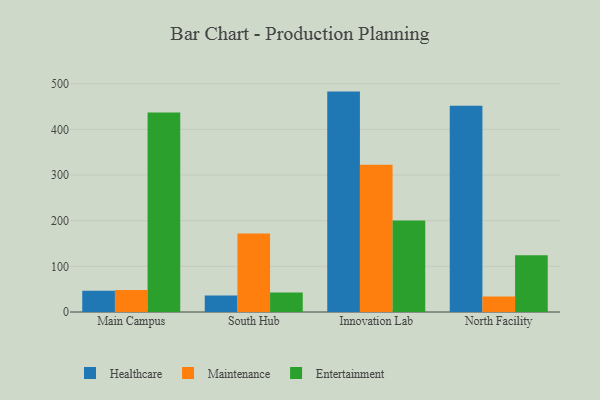
{"axis": {"x": "Campus", "y": "Churn Rate (%)"}, "legend": ["Entertainment", "Healthcare", "Maintenance"], "data": [{"x": "Main Campus", "y": 46.7, "type": "Healthcare"}, {"x": "Main Campus", "y": 48.4, "type": "Maintenance"}, {"x": "Main Campus", "y": 437.0, "type": "Entertainment"}, {"x": "South Hub", "y": 36.2, "type": "Healthcare"}, {"x": "South Hub", "y": 172.1, "type": "Maintenance"}, {"x": "South Hub", "y": 42.6, "type": "Entertainment"}, {"x": "Innovation Lab", "y": 482.7, "type": "Healthcare"}, {"x": "Innovation Lab", "y": 322.3, "type": "Maintenance"}, {"x": "Innovation Lab", "y": 200.2, "type": "Entertainment"}, {"x": "North Facility", "y": 451.9, "type": "Healthcare"}, {"x": "North Facility", "y": 34.0, "type": "Maintenance"}, {"x": "North Facility", "y": 124.2, "type": "Entertainment"}]}